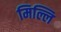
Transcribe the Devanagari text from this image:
मिल्लि